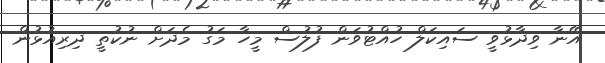
އޭނާ ވިދާޅުވީ ސައިކަލް ހުއްޓުވަން ފުލުސް މީހާ މަގު މެދަށް ނުކުތީ ދިރިއުޅުން